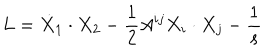
L = \dot { X } _ { 1 } \cdot X _ { 2 } - \frac { 1 } { 2 } A ^ { i j } X _ { i } \cdot X _ { j } - \frac { 1 } { s }